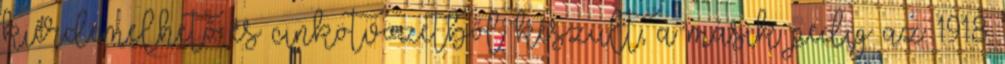
kiérdemelhető és cinkötvözetből készült, a másik pedig az 1918